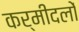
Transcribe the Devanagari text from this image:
कर्मीदलों